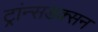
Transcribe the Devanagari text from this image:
ट्रांन्सडक्सन